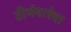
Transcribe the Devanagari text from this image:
तीर्थयात्रेचा